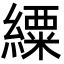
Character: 䌚